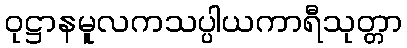
ဝုဋ္ဌာနမူလကသပ္ပါယကာရီသုတ္တာ